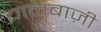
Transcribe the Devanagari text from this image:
चालबाज़ी